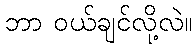
ဘာ ဝယ်ချင်လို့လဲ။